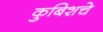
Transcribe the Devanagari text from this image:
कुबिशचे